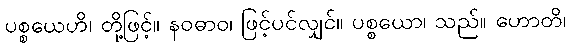
ပစ္စယေဟိ၊ တို့ဖြင့်။ နဝဓာဝ၊ ဖြင့်ပင်လျှင်။ ပစ္စယော၊ သည်။ ဟောတိ၊